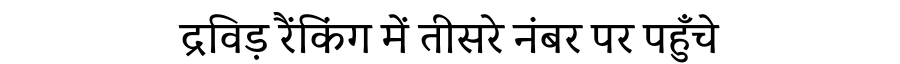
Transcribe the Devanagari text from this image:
द्रविड़ रैंकिंग में तीसरे नंबर पर पहुँचे